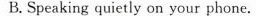
B. Speaking quietly on your phone.